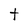
Character: t